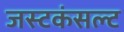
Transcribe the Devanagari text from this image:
जस्टकंसल्ट